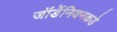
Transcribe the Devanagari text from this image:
जॉर्डेनियनकडे